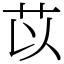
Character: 苡